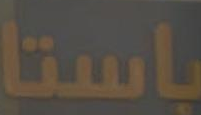
باستا